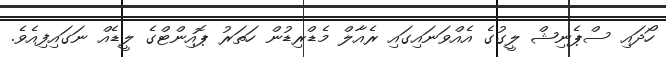
ހޯދައި ސްޕެނިޝް ލީގުގެ އެއްވަނައިގައި ރެއާލް މެޑްރިޑުން ހަތަރު ޕޮއިންޓްގެ ލީޑެއް ނަގައިފިއެވެ.